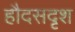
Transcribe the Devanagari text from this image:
हौदसदृश